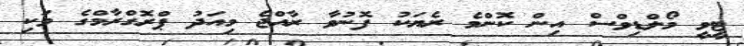
ޓީވީ މޯލްޑިވްސް އިން ކޮންމެ ރެޔަކު ފޮނުވާ ރާއްޖެ މިއަދު ޕްރޮގްރާމްގެ ވަކި